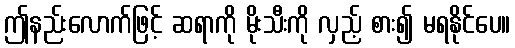
ဤနည်းလောက်ဖြင့် ဆရာကို မိုးသီးကို လှည့် စား၍ မရနိုင်ပေ။